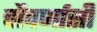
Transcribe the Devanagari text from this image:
चौवर्णासी